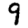
Digit: 9